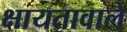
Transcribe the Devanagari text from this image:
क्षायतावाले